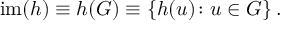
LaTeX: \operatorname { i m } ( h ) \equiv h ( G ) \equiv \left\{ h ( u ) \colon u \in G \right\} .